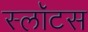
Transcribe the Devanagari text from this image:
स्लॉटस